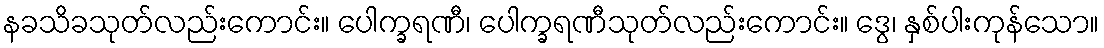
နခသိခသုတ်လည်းကောင်း။ ပေါက္ခရဏီ၊ ပေါက္ခရဏီသုတ်လည်းကောင်း။ ဒွေ၊ နှစ်ပါးကုန်သော။